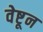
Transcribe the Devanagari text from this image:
वेष्टून